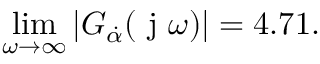
\operatorname* { l i m } _ { \omega \to \infty } | G _ { \dot { \alpha } } ( \mathrm { ~ j ~ } \omega ) | = 4 . 7 1 .